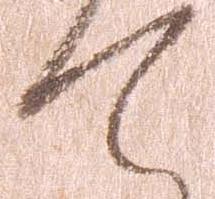
て